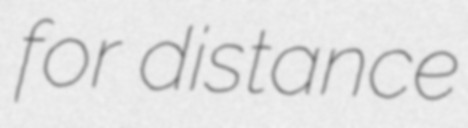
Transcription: for distance